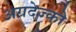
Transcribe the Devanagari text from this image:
अग्रदेज्को